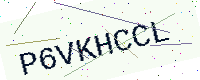
Text: P6VKHCCL